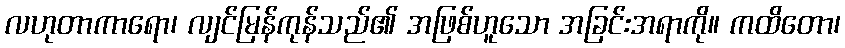
လဟုတာကာရော၊ လျင်မြန်ကုန်သည်၏ အဖြစ်ဟူသော အခြင်းအရာကို။ ကထိတော၊